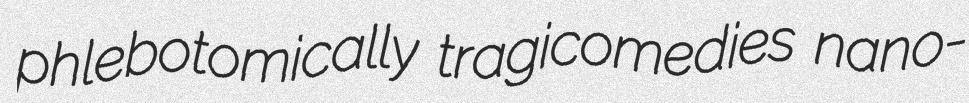
phlebotomically tragicomedies nano-